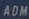
ADM